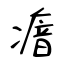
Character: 瘖